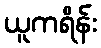
ယူကရိန်း